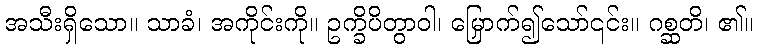
အသီးရှိသော။ သာခံ၊ အကိုင်းကို။ ဥက္ခိပိတွာဝါ၊ မြှောက်၍သော်၎င်း။ ဂစ္ဆတိ၊ ၏။